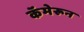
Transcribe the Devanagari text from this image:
कॅमेरून